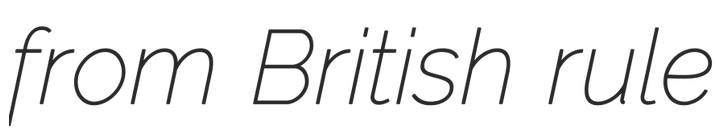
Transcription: from British rule